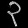
Digit: ၃